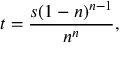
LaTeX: t = { \frac { s ( 1 - n ) ^ { n - 1 } } { n ^ { n } } } ,